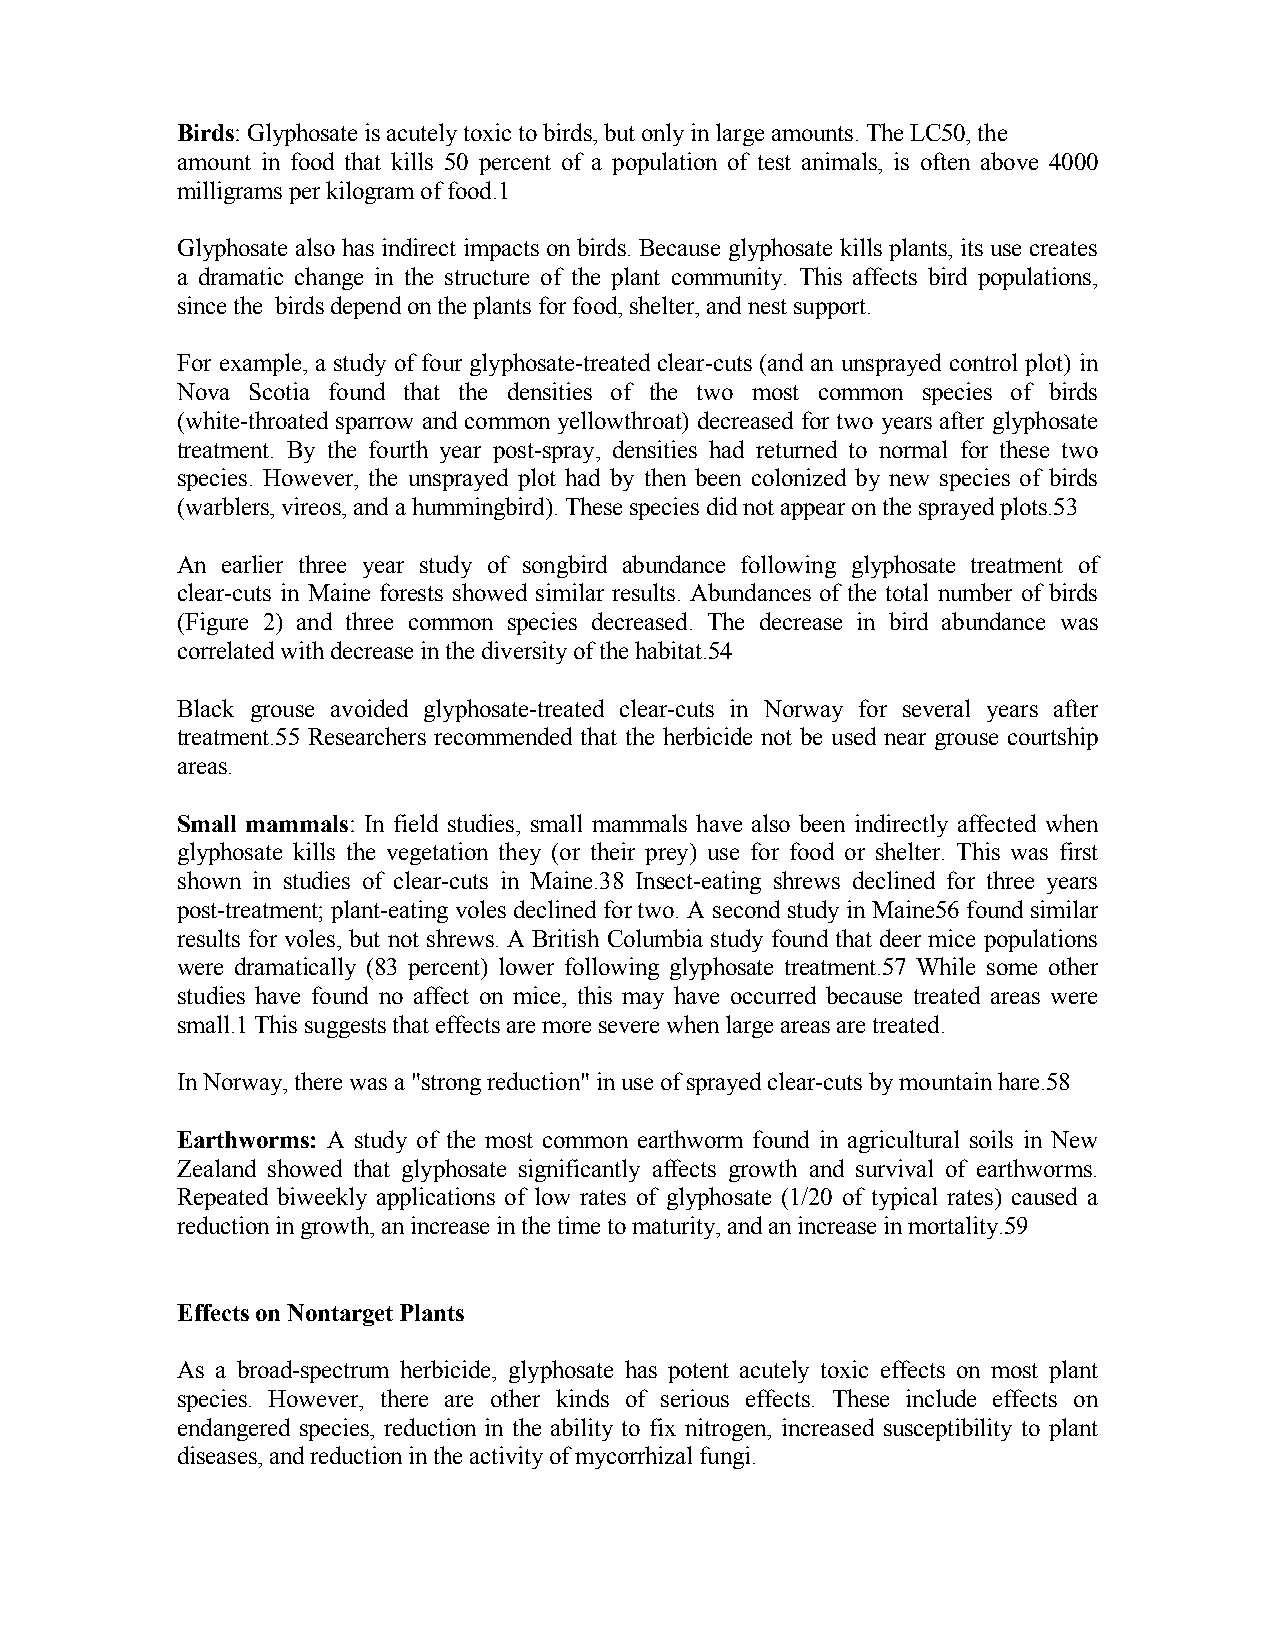
Birds: Glyphosate is acutely toxic to birds, but only in large amounts. The LC50, the
 amount in food that kills 50 percent of a population of test animals, is often above 4000
 milligrams per kilogram of food.1
 Glyphosate also has indirect impacts on birds. Because glyphosate kills plants, its use creates
 a dramatic change in the structure of the plant community. This affects bird populations,
 since the birds depend on the plants for food, shelter, and nest support.
 For example, a study of four glyphosate-treated clear-cuts (and an unsprayed control plot) in
 Nova Scotia found that the densities of the two most common species of birds
 (white-throated sparrow and common yellowthroat) decreased for two years after glyphosate
 treatment. By the fourth year post-spray, densities had returned to normal for these two
 species. However, the unsprayed plot had by then been colonized by new species of birds
 (warblers, vireos, and a hummingbird). These species did not appear on the sprayed plots.53
 An earlier three year study of songbird abundance following glyphosate treatment of
 clear-cuts in Maine forests showed similar results. Abundances of the total number of birds
 (Figure 2) and three common species decreased. The decrease in bird abundance was
 correlated with decrease in the diversity of the habitat.54
 Black grouse avoided glyphosate-treated clear-cuts in Norway for several years after
 treatment.55 Researchers recommended that the herbicide not be used near grouse courtship
 areas.
 Small mammals: In field studies, small mammals have also been indirectly affected when
 glyphosate kills the vegetation they (or their prey) use for food or shelter. This was first
 shown in studies of clear-cuts in Maine.38 Insect-eating shrews declined for three years
 post-treatment; plant-eating voles declined for two. A second study in Maine56 found similar
 results for voles, but not shrews. A British Columbia study found that deer mice populations
 were dramatically (83 percent) lower following glyphosate treatment.57 While some other
 studies have found no affect on mice, this may have occurred because treated areas were
 small.1 This suggests that effects are more severe when large areas are treated.
 In Norway, there was a "strong reduction" in use of sprayed clear-cuts by mountain hare.58
 Earthworms: A study of the most common earthworm found in agricultural soils in New
 Zealand showed that glyphosate significantly affects growth and survival of earthworms.
 Repeated biweekly applications of low rates of glyphosate (1/20 of typical rates) caused a
 reduction in growth, an increase in the time to maturity, and an increase in mortality.59
 Effects on Nontarget Plants
 As a broad-spectrum herbicide, glyphosate has potent acutely toxic effects on most plant
 species. However, there are other kinds of serious effects. These include effects on
 endangered species, reduction in the ability to fix nitrogen, increased susceptibility to plant
 diseases, and reduction in the activity of mycorrhizal fungi.